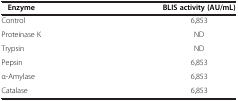
| Enzyme | BLIS activity (AU/mL) |
 | --- | --- |
 | Control | 6,853 |
 | Proteinase K | ND |
 | Trypsin | ND |
 | Pepsin | 6,853 |
 | α-Amylase | 6,853 |
 | Catalase | 6,853 |